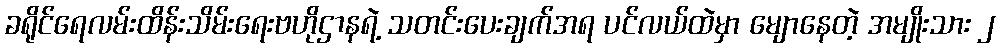
ခရိုင်ရေလမ်းထိန်းသိမ်းရေးဗဟိုဌာနရဲ့ သတင်းပေးချက်အရ ပင်လယ်ထဲမှာ မျောနေတဲ့ အမျိုးသား ၂